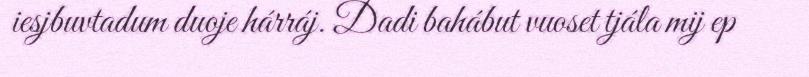
iesjbuvtadum duoje hárráj. Dadi bahábut vuoset tjála mij ep